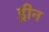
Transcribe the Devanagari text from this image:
ड्रीन